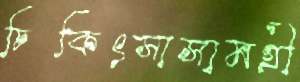
চিকিৎসাসামগ্রী